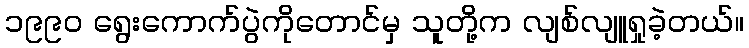
၁၉၉၀ ရွေးကောက်ပွဲကိုတောင်မှ သူတို့က လျစ်လျူရှုခဲ့တယ်။